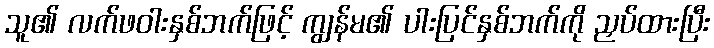
သူ၏ လက်ဖဝါးနှစ်ဘက်ဖြင့် ကျွန်မ၏ ပါးပြင်နှစ်ဘက်ကို ညှပ်ထားပြီး